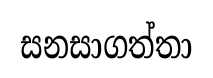
සනසාගත්තා